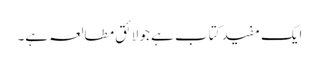
ایک مفید کتاب ہے جو لائق مطالعہ ہے۔